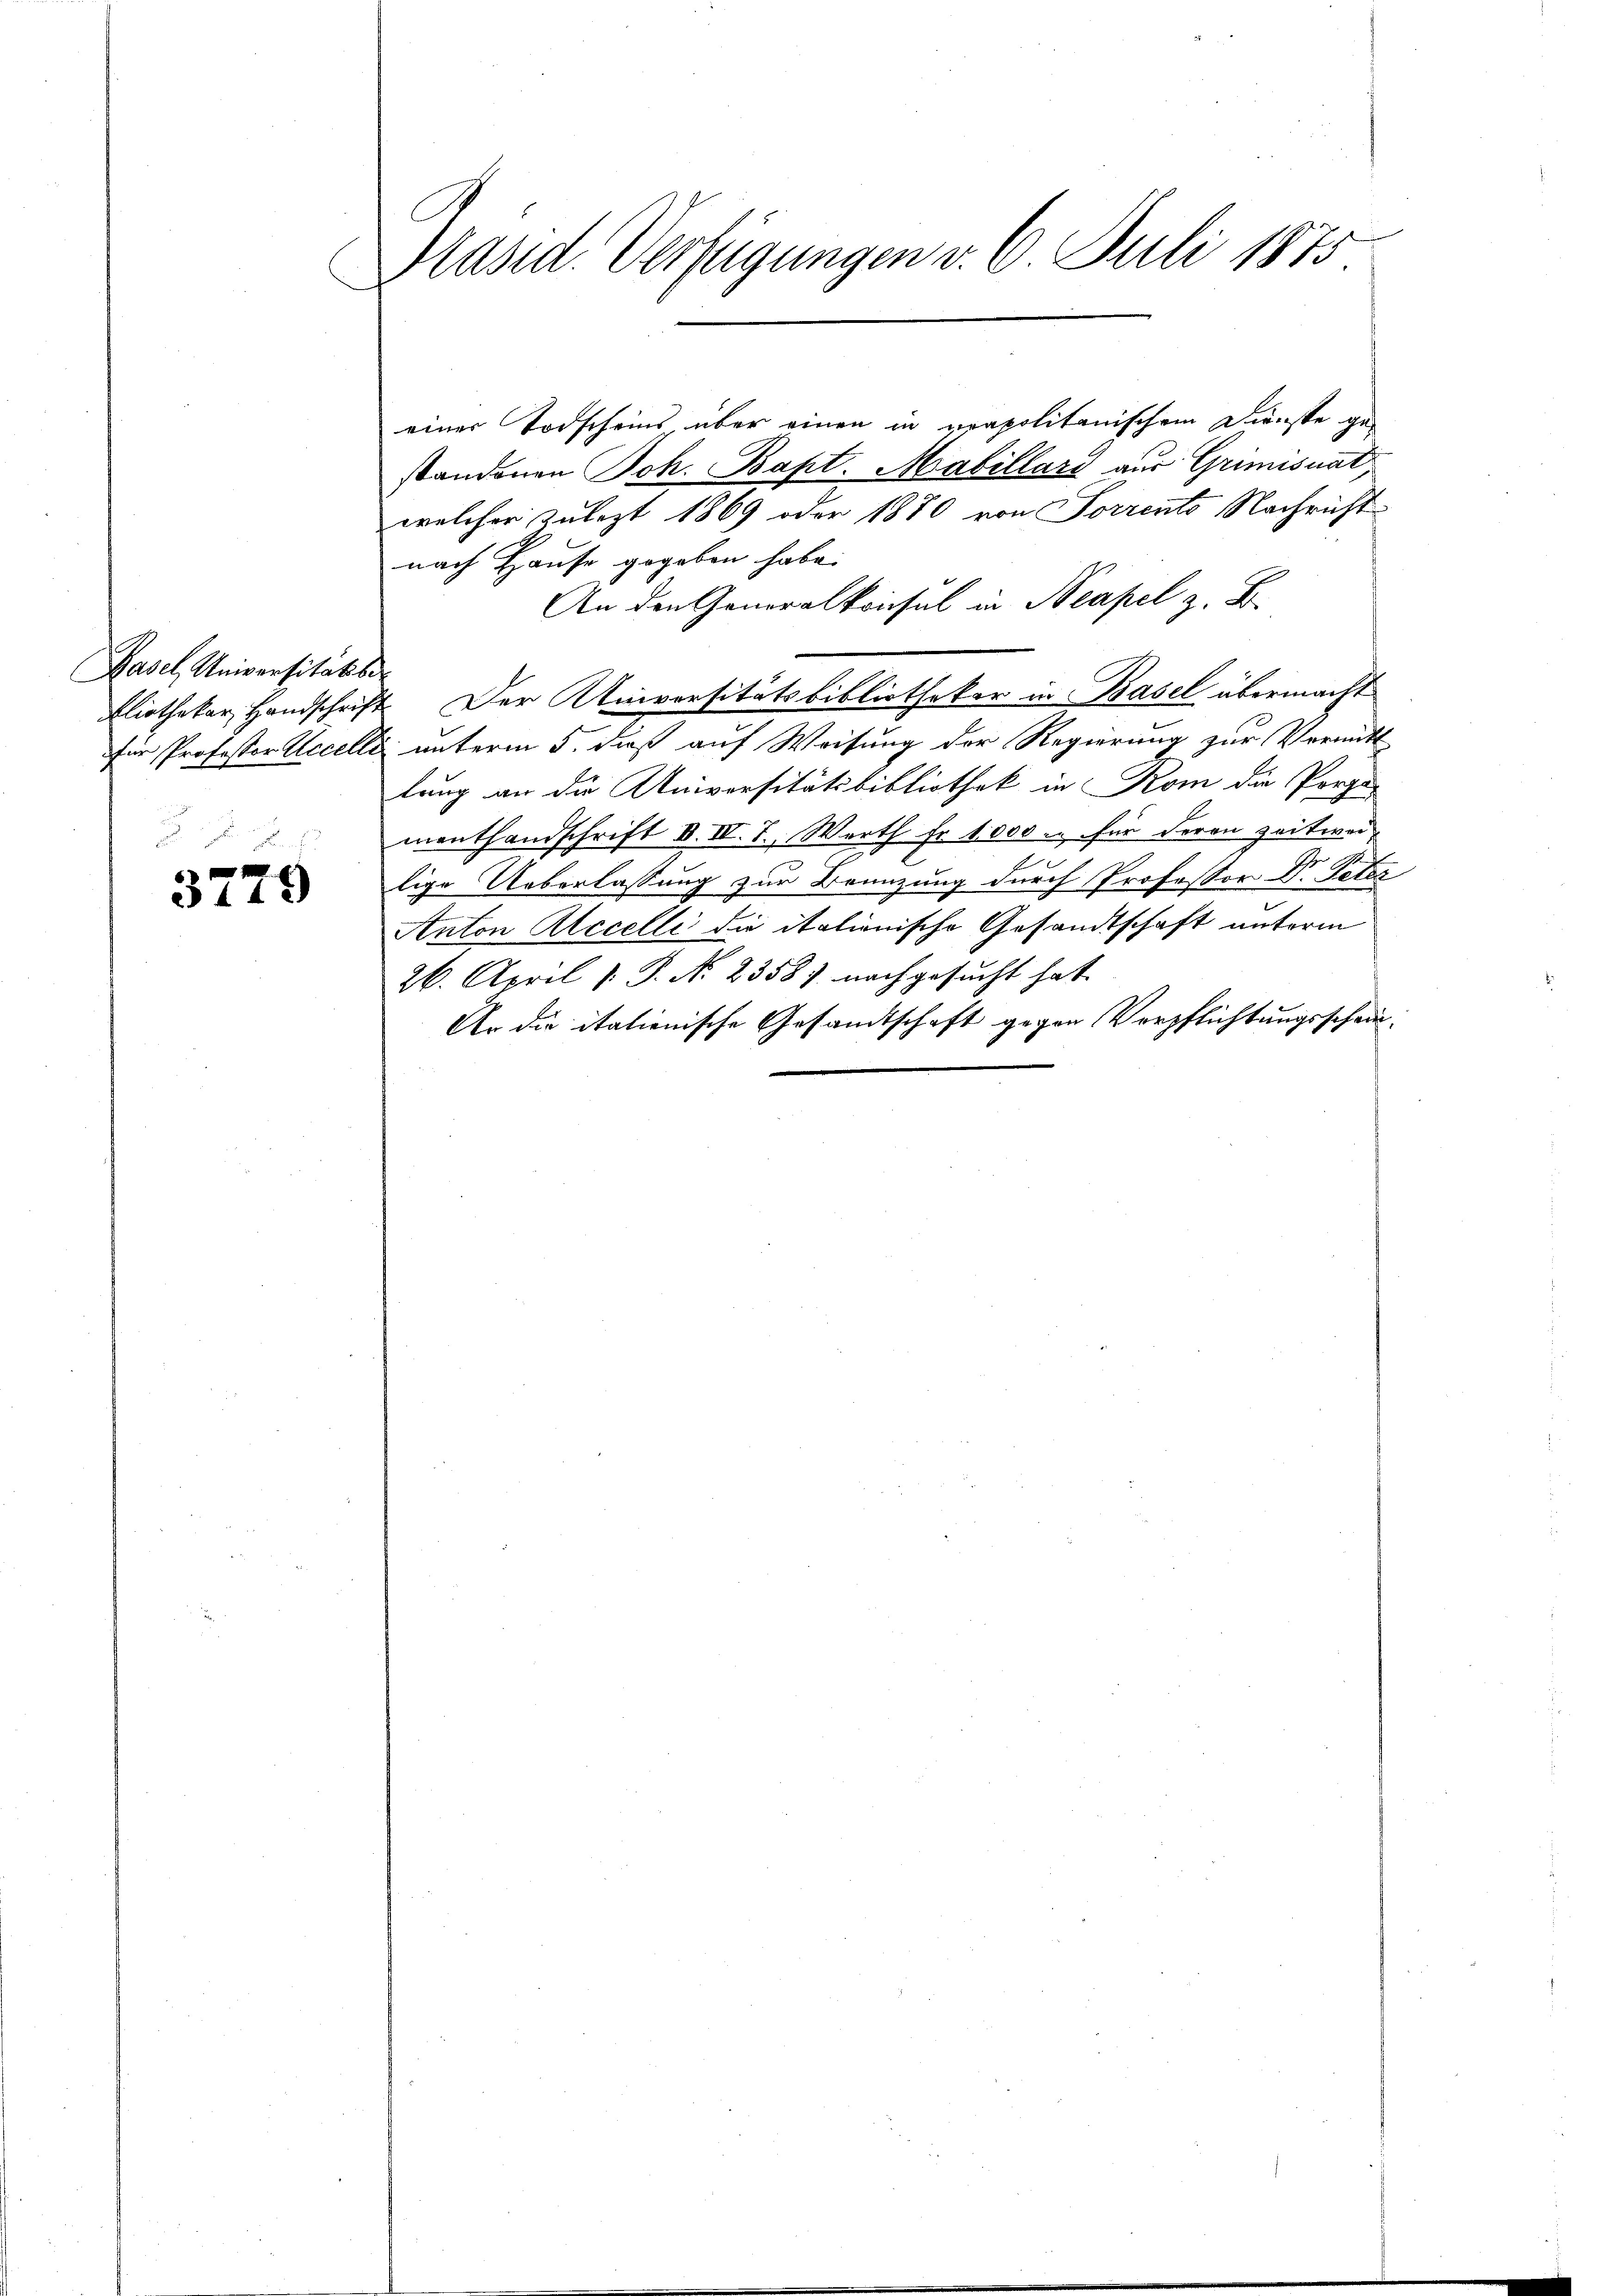
Hasel, Universität ber

3779

Präsid. Verfügungen v. 6. Juli 1875

einer Todscheins, über einen in urapolitanischem Dienste ge-
standonen Joh. Bapt. Mabillard aus Grimisuat
welcher zulezt 1869 oder 1870 von Sorrento Nachricht
nach Hause gegeben habe.
An den Generalkonsul in Neapel z. B.
Eliothekar Handschrift. Der Universitätsbibliothekar in Basel übermacht
für Professor Accelle unterm 5. daß auf Weisung der Regierung zur Vermitt
lung an die Universitätsbibliothek in Rom die Porge-
menthandschrift d. IV. T., Werth Fr. 1000. für deren zeitweilige Ueberlassung zur Branzung durch Professor Dr. Peter
Anton Alccelli die itationische Gesandtschaft unterm
26. April v. J. N. 2358) nachgesucht hat.
Ur die itationische Gesandtschaft gegen Verpflichtungsschein¬